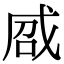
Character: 𢦽